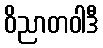
ဝိညာတဝါဒီ